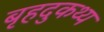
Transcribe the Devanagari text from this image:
बृहदुकथ्य